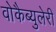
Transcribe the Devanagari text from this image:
वोकैब्युलेरी